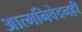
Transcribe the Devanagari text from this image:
आत्मनिवेदनही